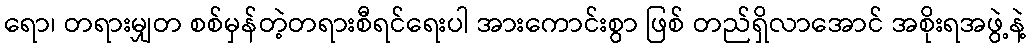
ရော၊ တရားမျှတ စစ်မှန်တဲ့တရားစီရင်ရေးပါ အားကောင်းစွာ ဖြစ် တည်ရှိလာအောင် အစိုးရအဖွဲ့နဲ့